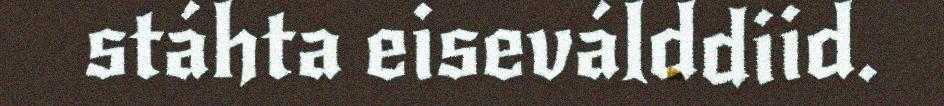
stáhta eiseválddiid.